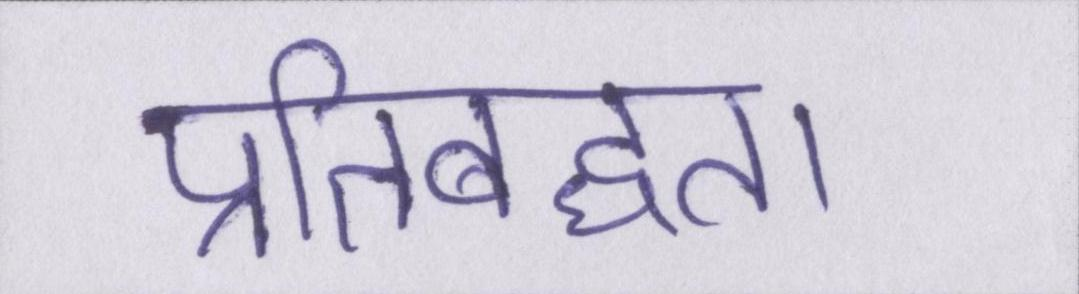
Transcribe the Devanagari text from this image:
प्रतिबध्दता